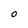
Character: O